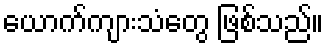
ယောက်ကျားသံတွေ ဖြစ်သည်။